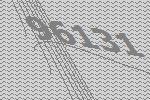
96131